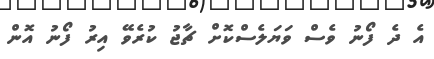
އެ ދެ ފޯނު ވެސް ވަޔަލެސްކޮށް ޗާޖު ކުރެވޭ އިރު ފޯނު އޮން